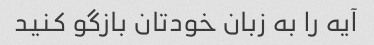
آیه را به زبان خودتان بازگو کنید